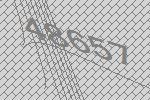
48657